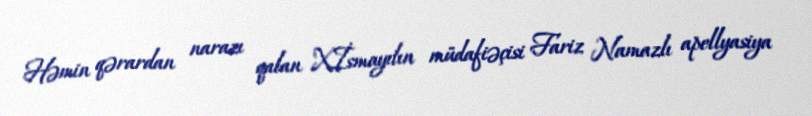
Həmin qərardan narazı qalan X.İsmayılın müdafiəçisi Fariz Namazlı apellyasiya